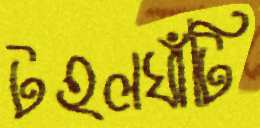
টহলঘাঁটি